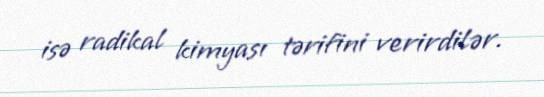
isə radikal kimyası tərifini verirdilər.